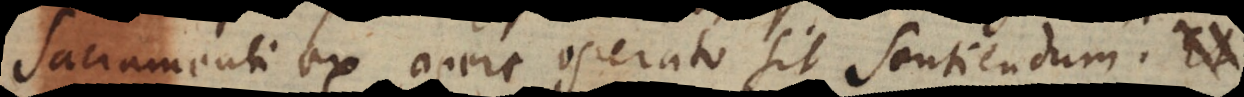
sacramenti ex opere operato sit sentiendum.